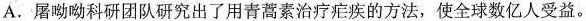
A.屠呦呦科研团队研究出了用青蒿素治疗疟疾的方法，使全球数亿人受益。